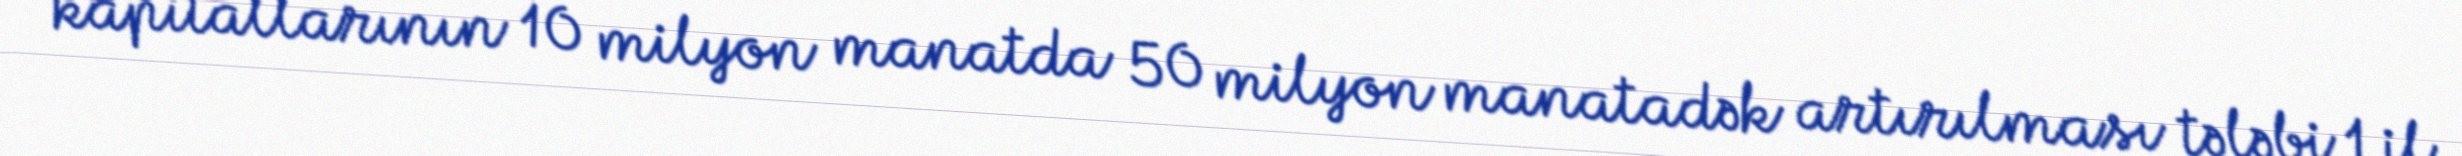
kapitallarının 10 milyon manatda 50 milyon manatadək artırılması tələbi 1 il